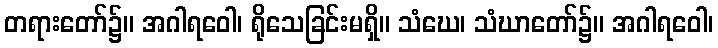
တရားတော်၌။ အဂါရဝေါ၊ ရိုသေခြင်းမရှိ။ သံဃေ၊ သံဃာတော်၌။ အဂါရဝေါ၊